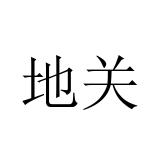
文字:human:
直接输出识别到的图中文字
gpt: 地关